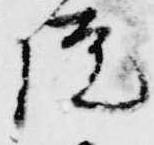
院